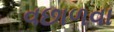
વછાળવા